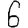
Digit: 6